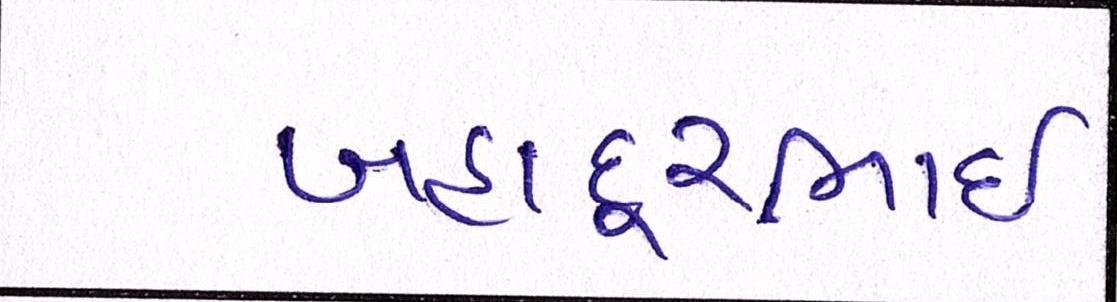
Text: બહાદૂરભાઇ